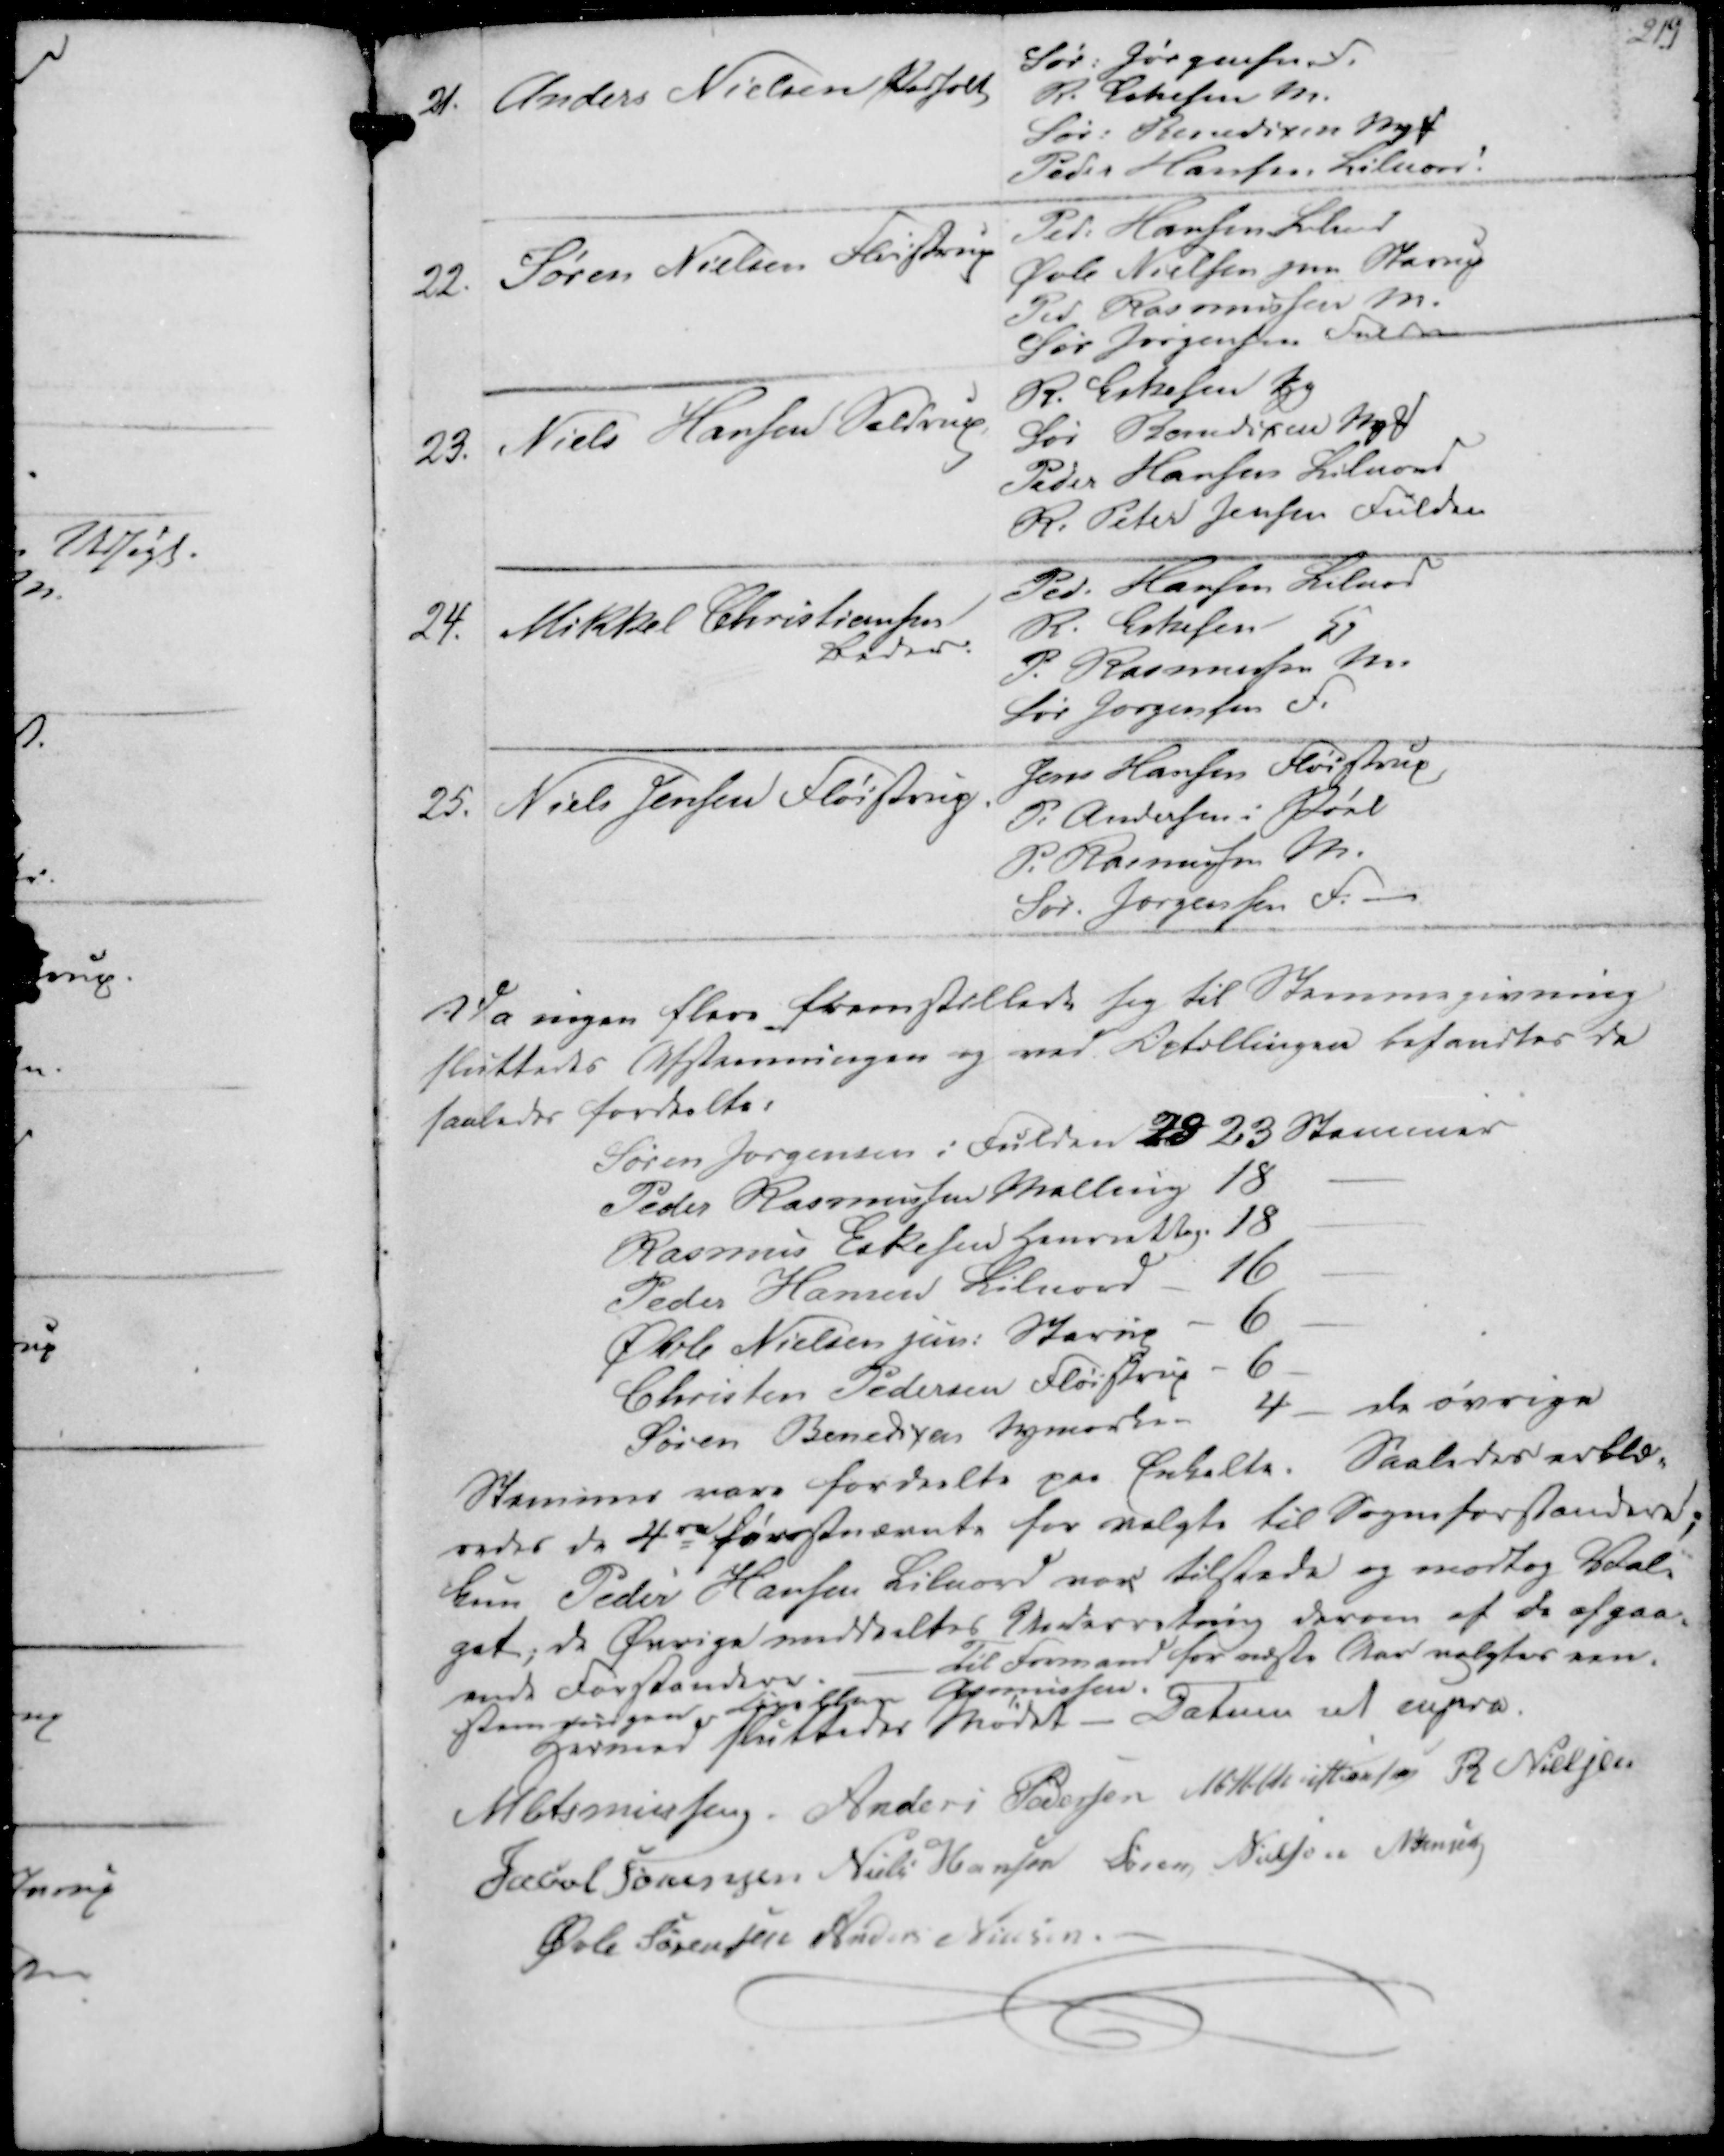
Transskription:
21. Anders Nielsen Pedholt

Sør. Jørgensen F.
R. Eskesen M.
Sør. Bendixen Nyf
Peder Hansen Lilnord

22. Søren Nielsen Fløistrup

Ped. Hansen Lilnord
Øvle Nielsen jun Starup
Ped Rasmussen M.
Sør Jørgensen Fulden

23. Niels Hansen Seldrup

R. Eskesen Hg
Sør Bendixen Nyf
Peder Hansen Lilnord
R. Peter Jensen Fulden

24. Mikkel Christiansen
Beder.

Ped. Hansen Lilnord
R. Eskesen - Hg
P. Rasmussen M.
Sør Jørgensen F.

25. Niels Jensen Fløistrup.

Jens Hansen Fløistrup
P. Andersen i Pøel
P. Rasmussen M.
Sør. Jørgensen F. -

Da ingen flere fremstillede sig til Stemmegivning
sluttede Afstemningen og ved Optællingen befandtes de
saaledes fordeelte.

Søren Jørgensen i Fulden 28 23 Stemmer
Peder Rasmussen Malling 18
Rasmus Eskesen Henrietteg. 18
Peder Hansen Lilnord - 16
Øvle Nielsen jun. Starup - 6
Christen Pedersen Fløistrup - 6
Søren Bendixen Nymarken 4 - de øvrige

Stemmer være fordeelte paa Enkelte. Saaledes erklæ-
redes de 4re førstnævnte for valgte til Sogneforstandere;
kun Peder Hansen Lilnord var tilstede og modtog Val-
get; de Øvrige meddeeltes Underretning derom af de afgaa-
ende Forstandere. - Til Formand for næste Aar valgtes een-
stemmigen kapellan Asmussen.

Hermed sluttedes Mødet. - Datum ut supra.
M Asmussen
Anders Pedersen
M. H. Christiansen
R Nielsen
Jacob Sørensen
Niels Hansen
Søren Nielsen
N Jensen
Øvle Sørensen
Anders Nielsen